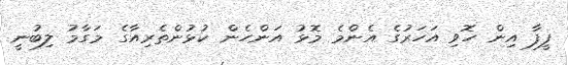
ފީފާ އިން ހޮވި އަހަރުގެ އެންމެ މޮޅު އަންހެން ކުޅުންތެރިއާގެ މަގާމު ލިބުނީ